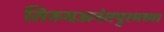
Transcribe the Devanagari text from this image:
तिरुवअनंतपुरमच्या